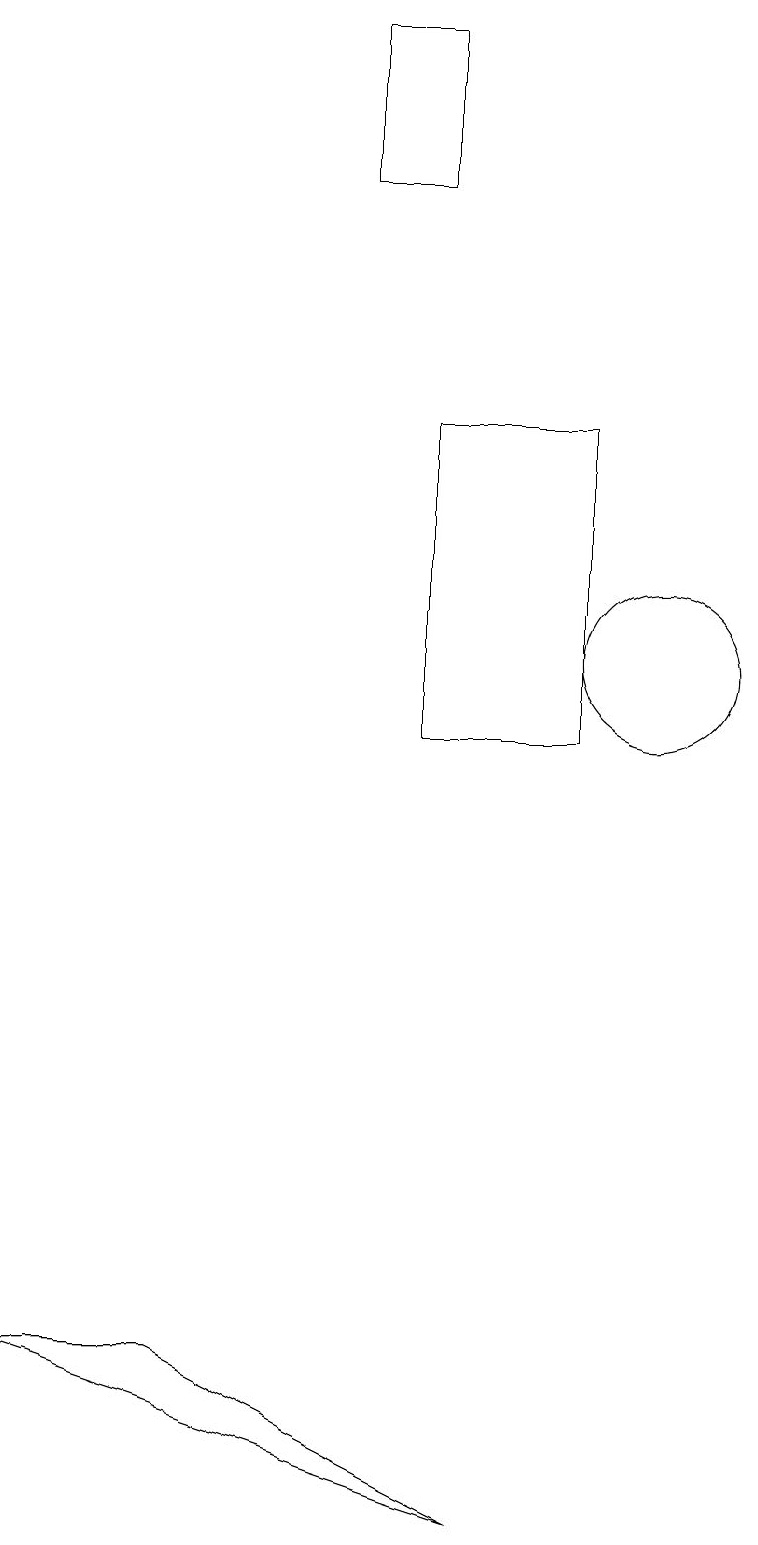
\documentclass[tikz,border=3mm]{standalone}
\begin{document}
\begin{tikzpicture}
\draw (9,10) rectangle (7,14);
\draw (2,2) -- (8,0) -- (4,2) -- cycle;
\draw (7,17) rectangle (6,19);
\draw (10,11) circle (1);
\draw (10,11) circle (0);
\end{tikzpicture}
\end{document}